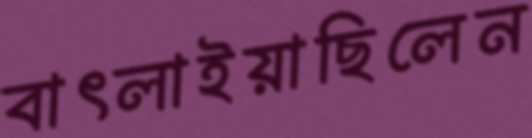
বাৎলাইয়াছিলেন